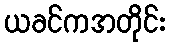
ယခင်ကအတိုင်း